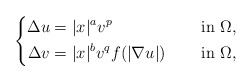
\begin{align*}\left\{\begin{aligned}\Delta u&=|x|^{a}v^{p} &&\quad\mbox{ in } \Omega, \\\Delta v&=|x|^{b}v^{q}f(|\nabla u|) &&\quad\mbox{ in } \Omega,\end{aligned}\right.\end{align*}